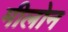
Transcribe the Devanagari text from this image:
मीलोन